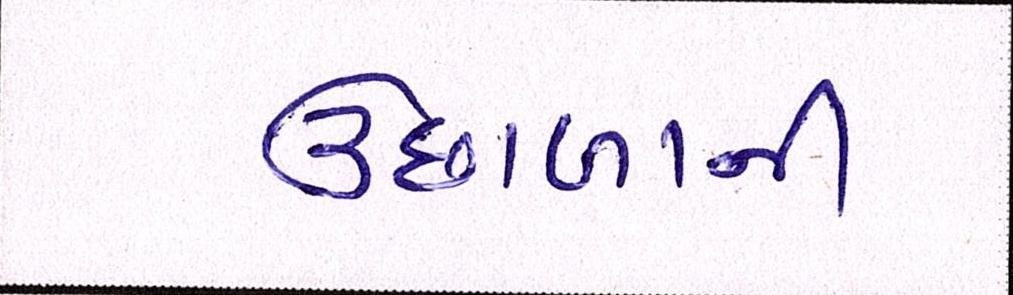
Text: ઉછાળાની